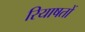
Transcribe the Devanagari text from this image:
रियाषतों